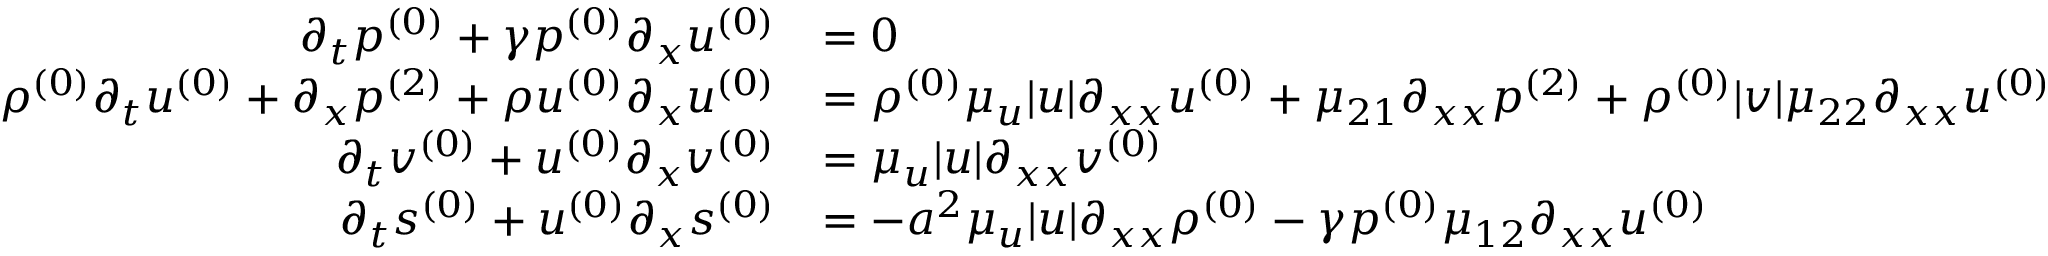
\begin{array} { r l } { \partial _ { t } \ensuremath { p ^ { ( 0 ) } } + \gamma \ensuremath { p ^ { ( 0 ) } } \partial _ { x } \ensuremath { u ^ { ( 0 ) } } } & { = 0 } \\ { \ensuremath { \rho ^ { ( 0 ) } } \partial _ { t } \ensuremath { u ^ { ( 0 ) } } + \partial _ { x } \ensuremath { p ^ { ( 2 ) } } + \ensuremath { \rho u ^ { ( 0 ) } } \partial _ { x } \ensuremath { u ^ { ( 0 ) } } } & { = \ensuremath { \rho ^ { ( 0 ) } } \mu _ { u } | u | \partial _ { x x } \ensuremath { u ^ { ( 0 ) } } + \mu _ { 2 1 } \partial _ { x x } \ensuremath { p ^ { ( 2 ) } } + \ensuremath { \rho ^ { ( 0 ) } } | v | \mu _ { 2 2 } \partial _ { x x } \ensuremath { u ^ { ( 0 ) } } } \\ { \partial _ { t } \ensuremath { v ^ { ( 0 ) } } + \ensuremath { u ^ { ( 0 ) } } \partial _ { x } \ensuremath { v ^ { ( 0 ) } } } & { = \mu _ { u } | u | \partial _ { x x } \ensuremath { v ^ { ( 0 ) } } } \\ { \partial _ { t } \ensuremath { s ^ { ( 0 ) } } + \ensuremath { u ^ { ( 0 ) } } \partial _ { x } \ensuremath { s ^ { ( 0 ) } } } & { = - a ^ { 2 } \mu _ { u } | u | \partial _ { x x } \ensuremath { \rho ^ { ( 0 ) } } - \gamma \ensuremath { p ^ { ( 0 ) } } \mu _ { 1 2 } \partial _ { x x } \ensuremath { u ^ { ( 0 ) } } } \end{array}